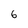
Character: 6